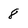
Character: 8